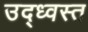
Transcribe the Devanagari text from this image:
उद्‍ध्वस्त